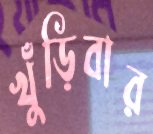
খুঁড়িবার